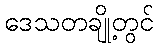
ဒေသတချို့တွင်